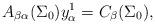
LaTeX: \begin{align*} A_{\beta\alpha}({\Sigma_0})y^1_{\alpha} = C_\beta({\Sigma_0}), \end{align*}